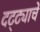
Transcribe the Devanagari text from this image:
दट्ट्याचे